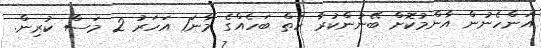
އަންހެނުން އާންމުކޮށް ބޭނުންކުރާ ހަތް ބަހެއްގެ މާނަ1 އަހަރު 2 މަސް ކުރިން.